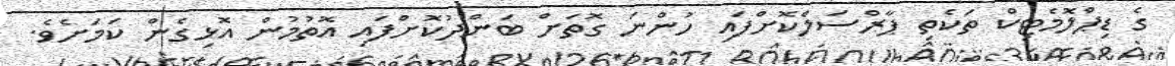
ގެ ޑިޕްލޮމެޓިކް ތަކެތި ޕާރްސަލްކޮށްފައި ހުންނަ ގޮތަށް ބަންދުކޮށްފައި އޮތުމުން އޮޅިގެން ކަމަށެވެ.